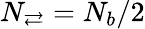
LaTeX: N_{\rightleftarrows}=N_{b}/2